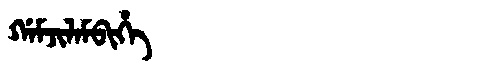
Manchu: ᡤᠠᠮᠵᡳᠯᠠᠮᠪᡳᡥᡝ
Romanization: GAMJILAMBIHE